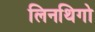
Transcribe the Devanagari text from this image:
लिनथिगो